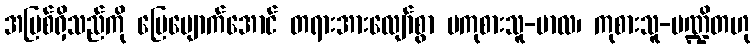
အပြစ်ရှိသည်ကို ပြေပျောက်အောင် တရားအားလျော်စွာ မကုစားသူ-ဗာလ၊ ကုစားသူ-ပဏ္ဍိတဟု